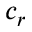
c _ { r }